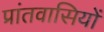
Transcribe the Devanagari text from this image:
प्रांतवासियों